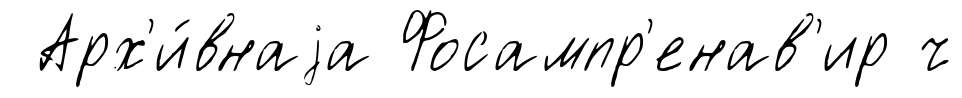
Арх'и́внаjа Фосампр'енав'ир ч